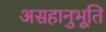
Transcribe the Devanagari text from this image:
असहानुभूति